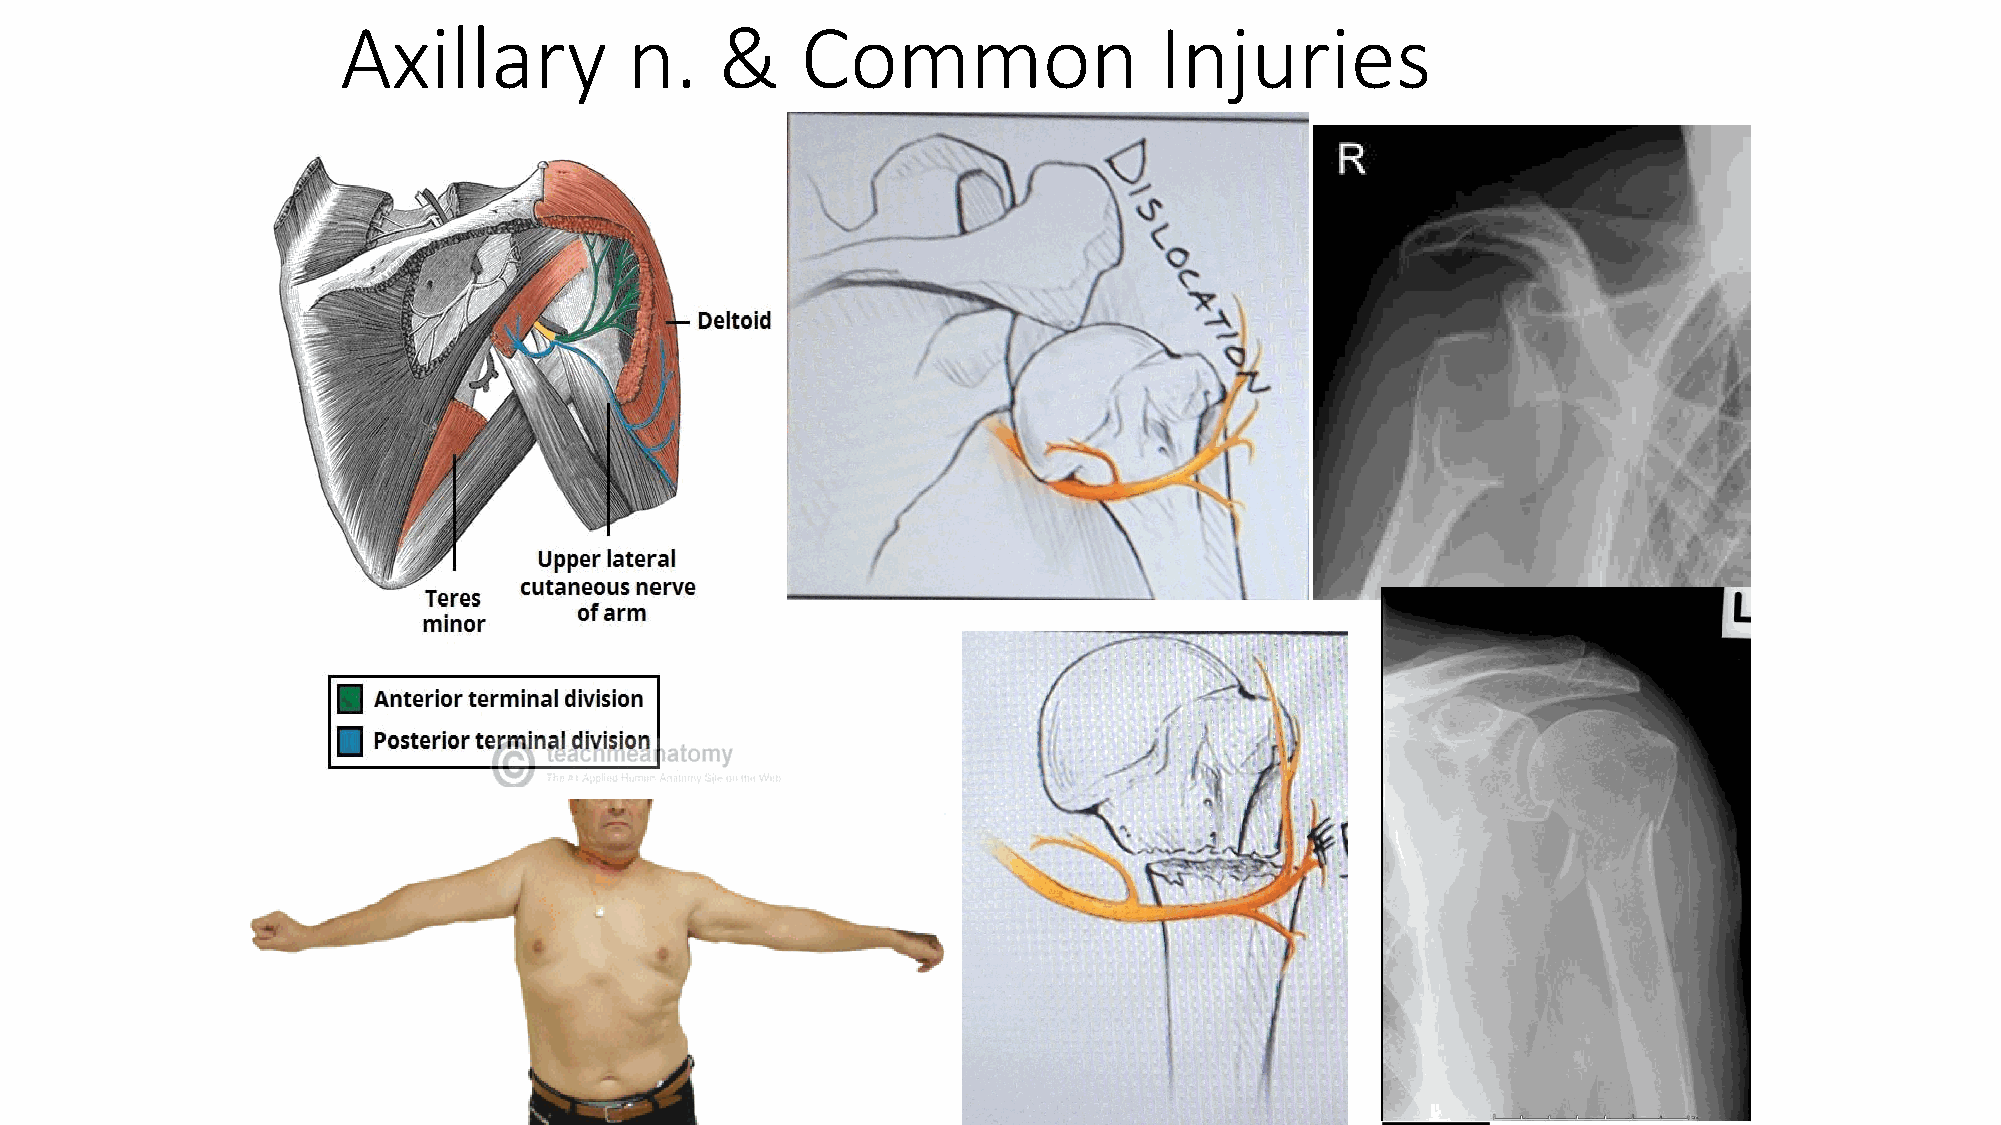
Axillary           n.    &    Common                  Injuries